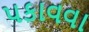
પકાવવા